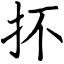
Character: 抔